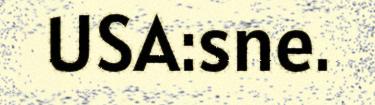
USA:sne.